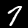
Digit: 7